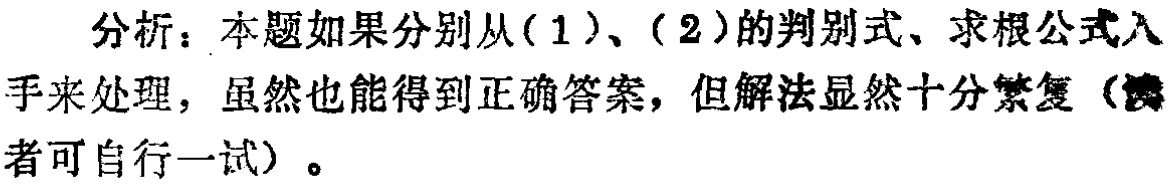
分析：本题如果分别从(1)、(2)的判别式、求根公式入手来处理，虽然也能得到正确答案，但解法显然十分繁复（读者可自行一试）。